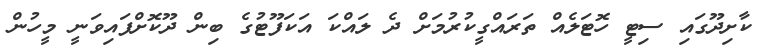
ކާށިދޫގައި ސިޓީ ހޮޓަލެއް ތަރައްގީކުރުމަށް ދެ ލައްކަ އަކަފޫޓުގެ ބިން ދޫކޮށްފައިވަނީ މީހުން